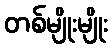
တစ်မျိုးမျိုး